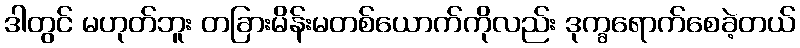
ဒါတွင် မဟုတ်ဘူး တခြားမိန်းမတစ်ယောက်ကိုလည်း ဒုက္ခရောက်စေခဲ့တယ်